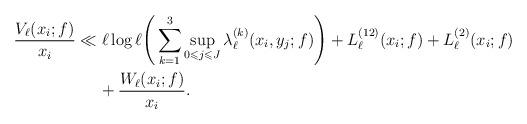
LaTeX: \begin{align*} \begin{aligned} \frac{V_{\ell}(x_i;f)}{x_i} & \ll \ell \log \ell \Bigg( \sum_{k=1}^3\sup_{\substack{ 0\leqslant j\leqslant J }} \lambda^{(k)}_{\ell}(x_i,y_j;f)\Bigg)+ L^{(12)}_{\ell}(x_i;f) + L^{(2)}_{\ell}(x_i;f) \\ & \,\,\,\,\,\,\,\, + \frac{ W_{\ell}(x_i;f)}{x_i}.\end{aligned}\end{align*}